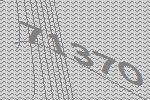
71370